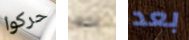
حركوا به بعد